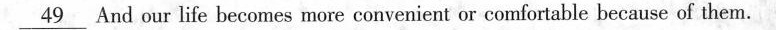
\underline{49} And our life becomes more convenient or comfortable because of them.